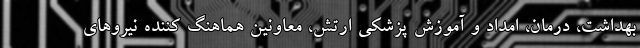
بهداشت، درمان، امداد و آموزش پزشکی ارتش، معاونین هماهنگ کننده نیروهای